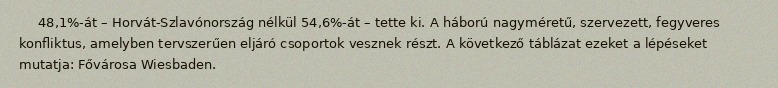
48,1%-át – Horvát-Szlavónország nélkül 54,6%-át – tette ki. A háború nagyméretű, szervezett, fegyveres konfliktus, amelyben tervszerűen eljáró csoportok vesznek részt. A következő táblázat ezeket a lépéseket mutatja: Fővárosa Wiesbaden.